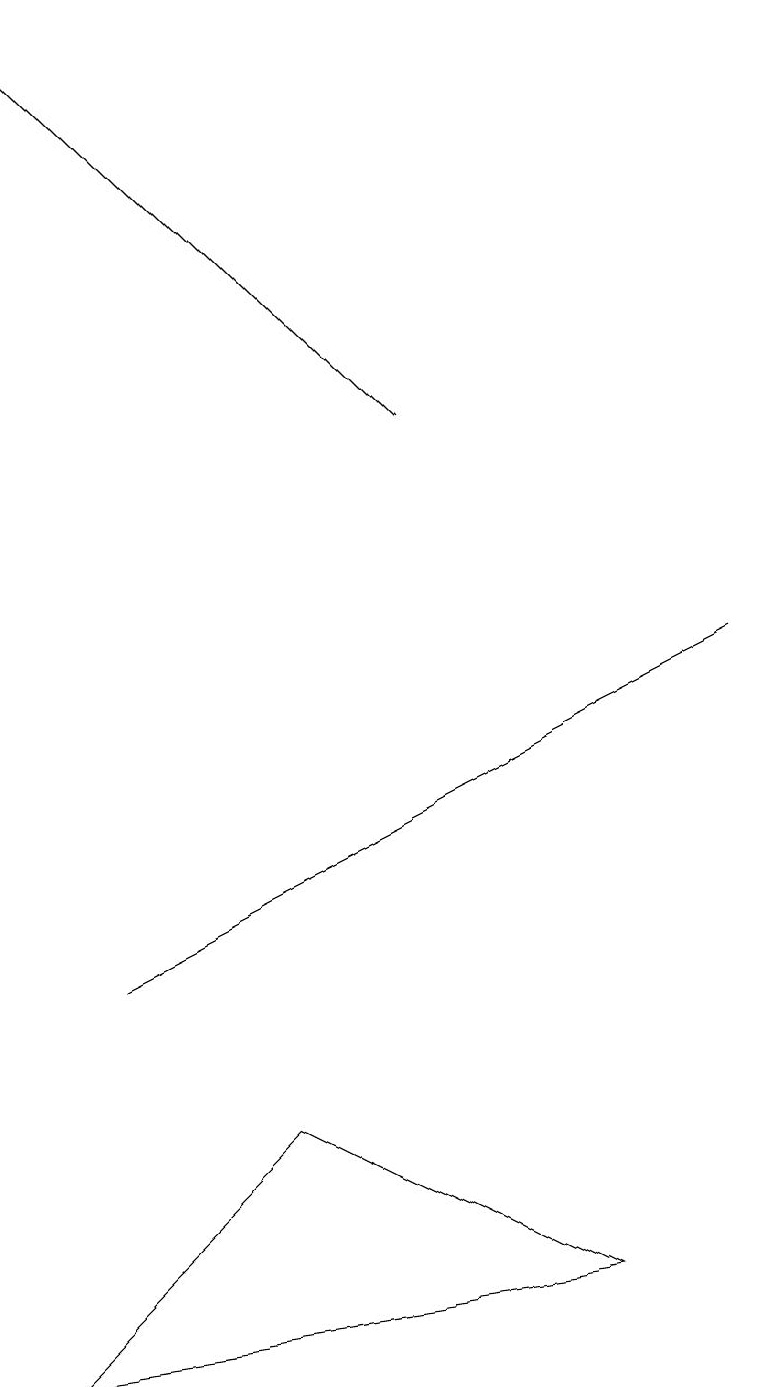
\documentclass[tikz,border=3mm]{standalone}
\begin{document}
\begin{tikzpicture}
\draw[->] (5,12) -- (0,17);
\draw (9,9) -- (3,6) -- (1,5) -- cycle;
\draw (0,0) -- (7,1) -- (3,3) -- cycle;
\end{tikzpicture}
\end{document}